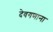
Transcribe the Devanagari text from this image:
देवगणाना